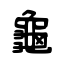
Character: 龜